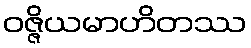
ဝဇ္ဇိယမာဟိတဿ